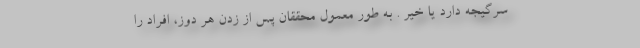
سرگیجه دارد یا خیر . به طور معمول محققان پس از زدن هر دوز، افراد را